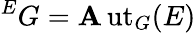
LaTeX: {}^{E}G=\operatorname{\mathbf{A}ut}_{G}(E)